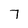
Character: 7